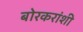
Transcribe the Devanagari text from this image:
बोरकरांशी